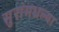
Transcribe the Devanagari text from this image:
सुरांमधल्या